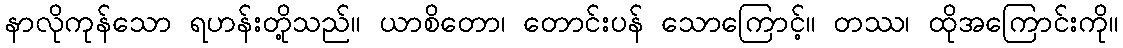
နာလိုကုန်သော ရဟန်းတို့သည်။ ယာစိတော၊ တောင်းပန် သောကြောင့်။ တဿ၊ ထိုအကြောင်းကို။